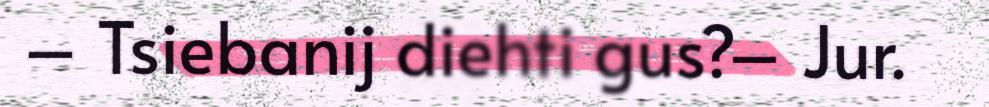
– Tsiebanij diehti gus?– Jur.